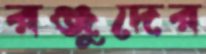
রঞ্জুদের